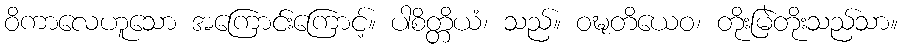
ဝိကာလေဟူသော အကြောင်းကြောင့်။ ပါစိတ္တိယံ၊ သည်။ ဝဍ္ဎတိယေဝ၊ တိုးမြဲတိုးသည်သာ။